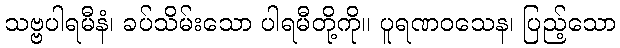
သဗ္ဗပါရမီနံ၊ ခပ်သိမ်းသော ပါရမီတို့ကို။ ပူရဏဝသေန၊ ပြည့်သော